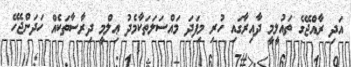
އަދި ރާއްޖޭގެ ތައުލީމީ ދާއިރާގައި ހުރި މިފަދަ މައްސަލަތަކާމެދު ޢިލްމީ ދިރާސާތަކެއް ހަދަންޖެހޭ